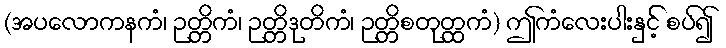
(အပလောကနကံ၊ ဉတ္တိကံ၊ ဉတ္တိဒုတိကံ၊ ဉတ္တိစတုတ္ထကံ) ဤကံလေးပါးနှင့် စပ်၍